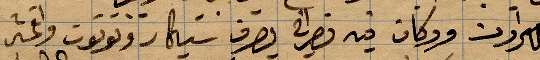
....ودكان فيه نصراني يصرف ... واكثر